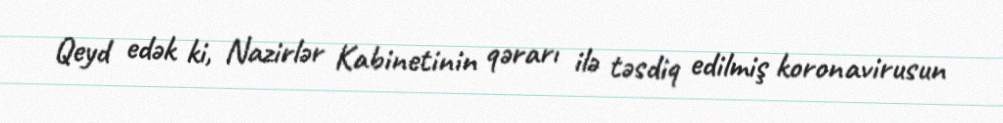
Qeyd edək ki, Nazirlər Kabinetinin qərarı ilə təsdiq edilmiş koronavirusun